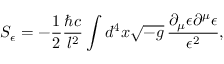
S _ { \epsilon } = - { \frac { 1 } { 2 } } { \frac { \hbar c } { l ^ { 2 } } } \int d ^ { 4 } x \sqrt { - g } \, { \frac { \partial _ { \mu } \epsilon \partial ^ { \mu } \epsilon } { \epsilon ^ { 2 } } } ,